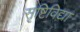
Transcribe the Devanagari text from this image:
सृष्टिविद्या